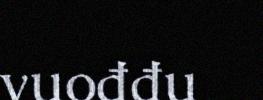
vuođđu